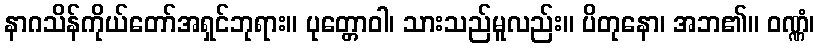
နာဂသိန်ကိုယ်တော်အရှင်ဘုရား။ ပုတ္တောဝါ၊ သားသည်မူလည်း။ ပိတုနော၊ အဘ၏။ ဝဏ္ဏံ၊